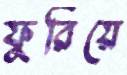
ফুরিয়ে